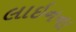
લાઇનના